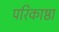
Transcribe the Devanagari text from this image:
परिकाष्ठा